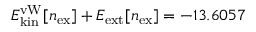
{ E _ { \mathrm { k i n } } ^ { \mathrm { v W } } [ n _ { \mathrm { e x } } ] + E _ { \mathrm { e x t } } [ n _ { \mathrm { e x } } ] = - 1 3 . 6 0 5 7 \, }